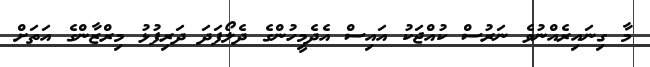
މާ ގިނައިރެއްނުވެ ނަރުސް ކުއްޖަކު އައިސް އެދެމީހުންގެ ދެލޯފަދަ ދަރިފުޅު މިރްޒާންގެ އަތަށް